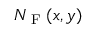
N _ { \textrm { F } } ( x , y )